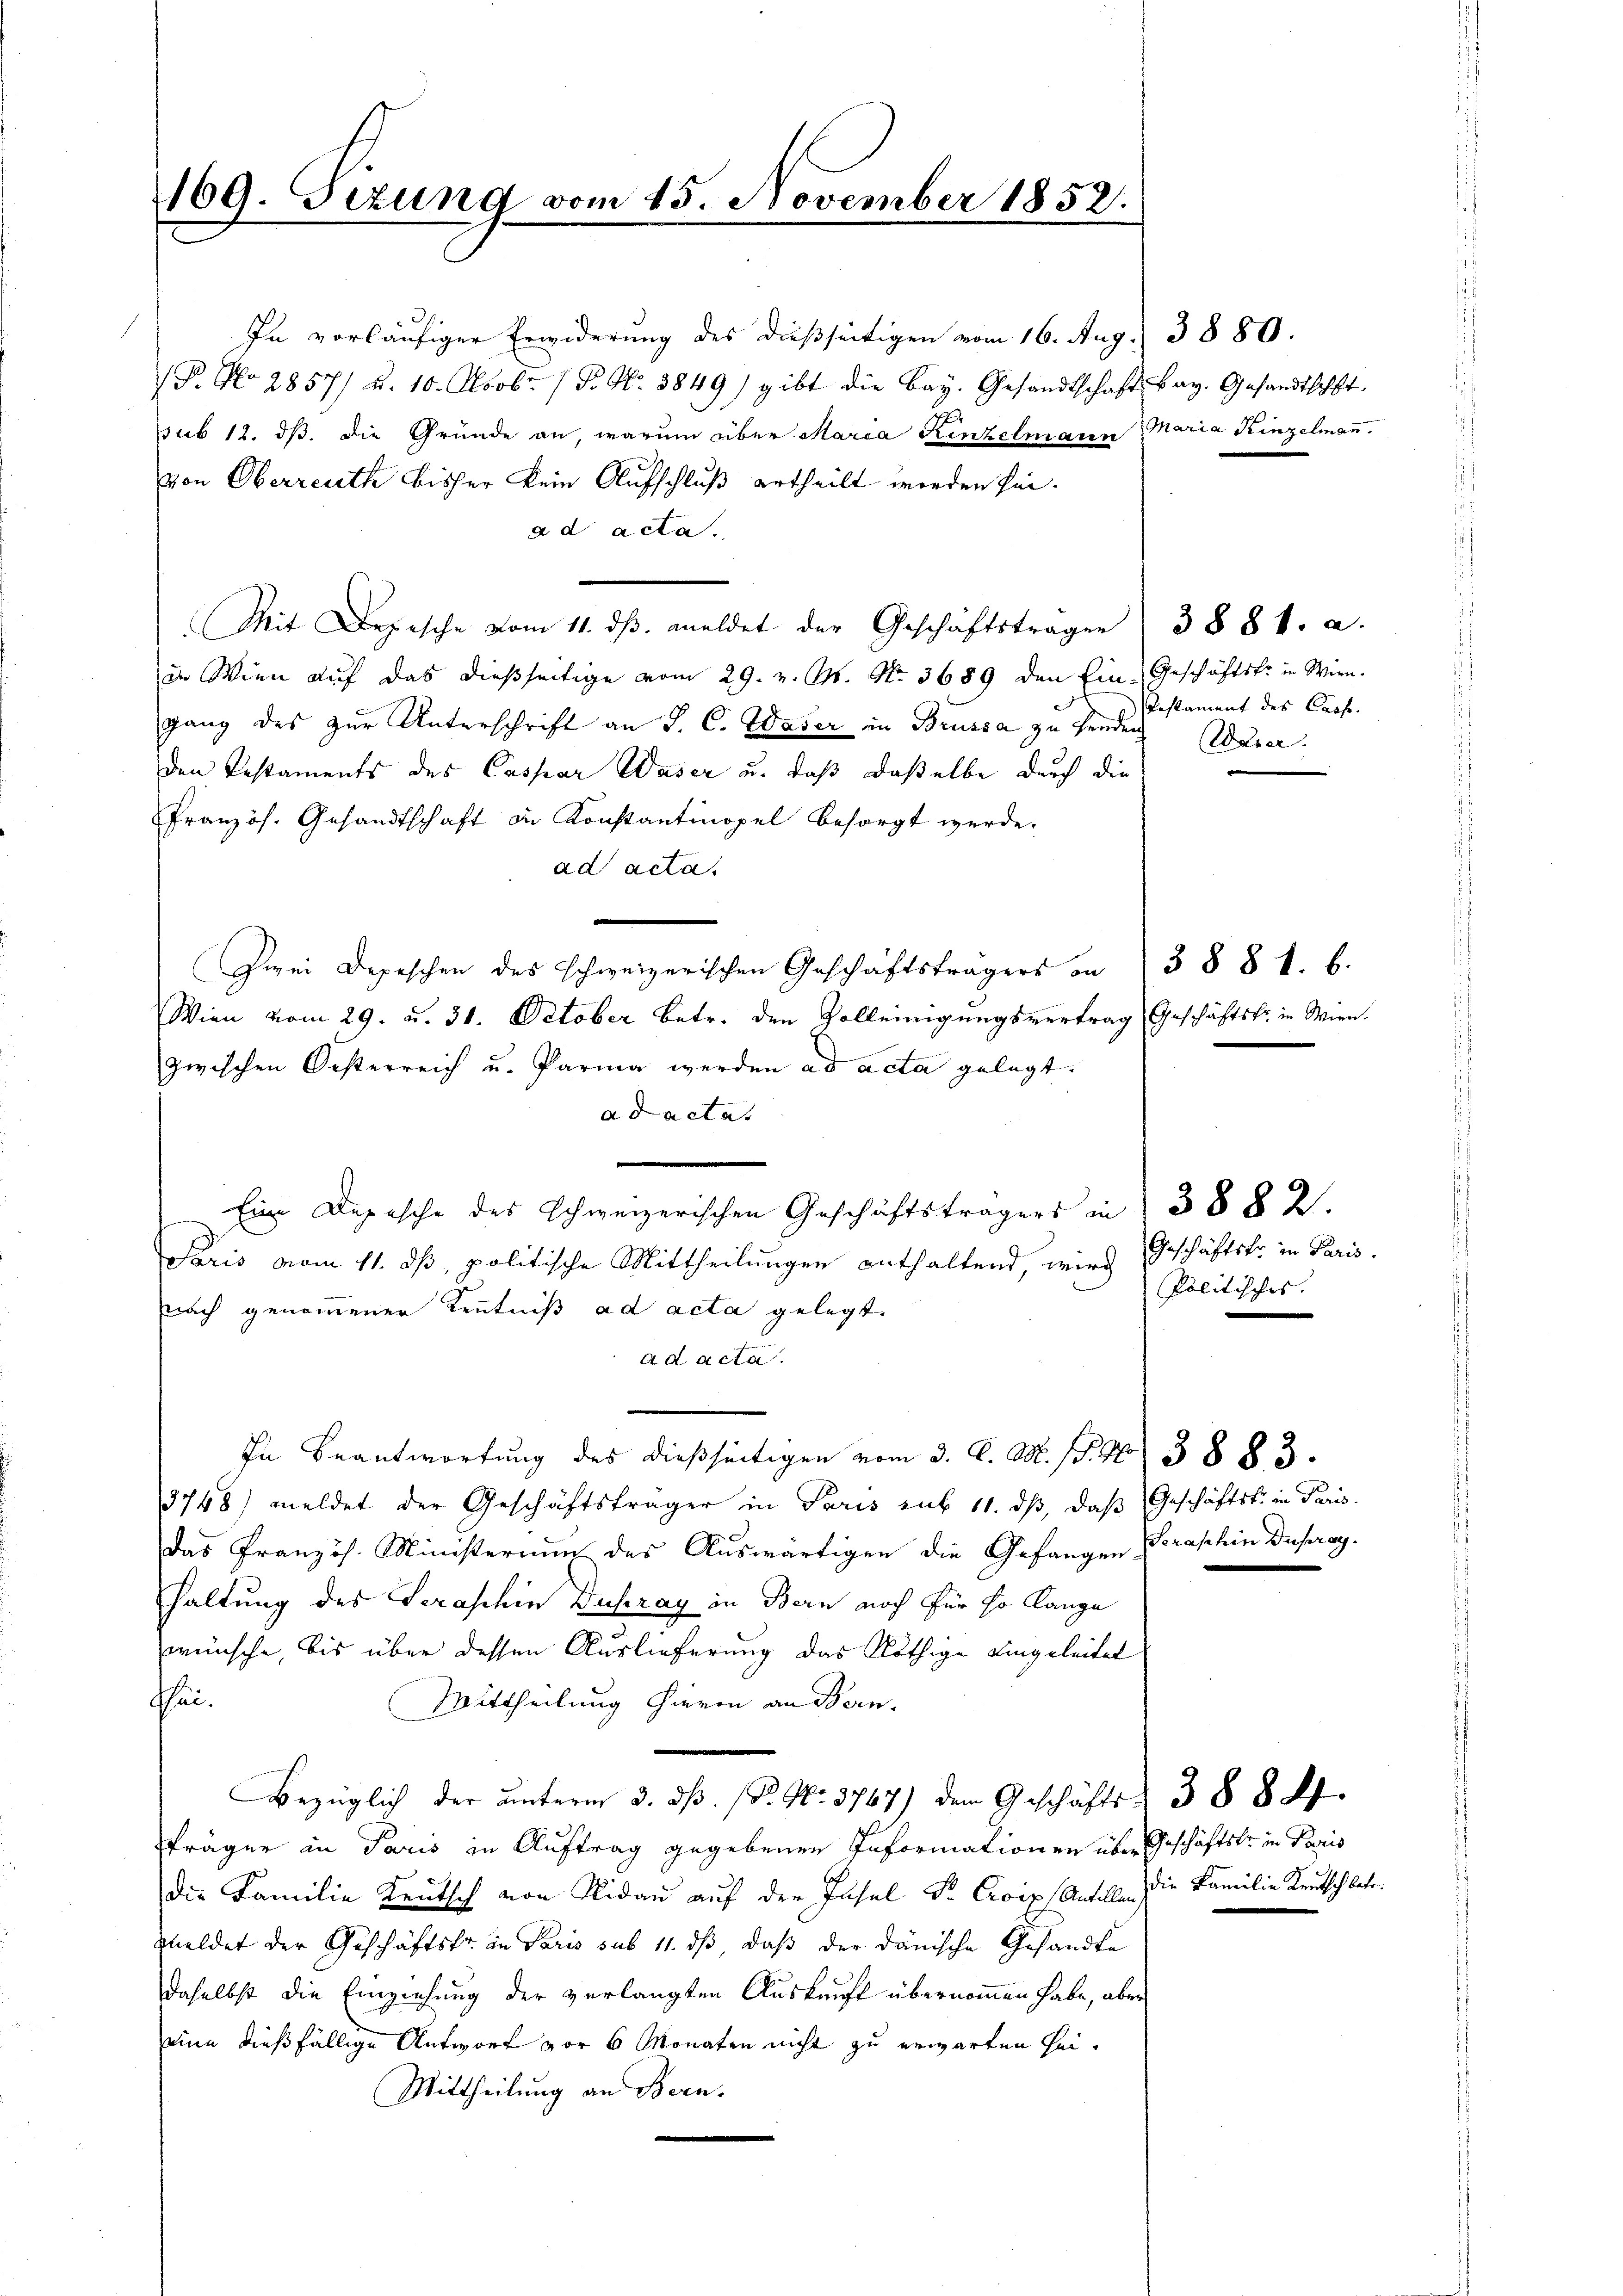
169. Sizung vom 15. November 1858.

In vorläufiger Erwiderung des dießseitigen vom 16. Aug.
(P. No. 2857) u. 10. Oktobr. / P. Nr. 3849) gibt die Bay. Gesandtschaft
sub 12. ds. die Gründe an, warum über Maria Kenzelmann
von Oberreuth bisher kein Aufschluß ertheilt worden sei.
ad acta.
Mit Depesche vom 11. ds. meldet der Geschäftsträger
ie Wien auf das dießseitige vom 29. v. M. No. 3689 den Ein-Geschäftsfr. in Wien.
gang des zur Unterschrift an J. C. Waser in Brüssa zu Handen Waser
den Pestaments des Caspar Waser u. daß daselbe durch die
Französ. Gesandtschaft in Konstantinopel besorgt werde.
ad acta.
Zwei Depeschen des schweizerischen Geschäftsträgers an
Wien vom 29. u. 31. October betr. den Volleinigungsvertrag
zwischen Oesterreich u. Parma werden ad acta gelegt.
ad acta
Eine Depesche des Schweizerischen Geschäftsträgers in 388 2.
Paris vom 11. ds, politische Mittheilungen enthaltend, wird
nach genommener Kenntniß ad acta gelegt.
ad acta.
In Beantwortung des dießseitigen vom 3. C. M. (S. 485. 3883.
3748) meldet der Geschäftsfrager in Paris et 11. dβ, daβ Geschäftst in Paris
Das Französ. Ministerium des Auswärtigen die Gefangen Traphin Dupray.
haltung des Seraschin Duszay in Bern noch für so lange
wünsche, bis über dessen Auslieferung das Nöthige eingeleitet
thei¬
Mittheilung hievon an Bern.
Bezüglich der unterm 3. dß. (P. Nr. 3767) dem Geschäfts 388 f.
fräger in Paris in Auftrag gegebenen Informationen über Geschäftskr. in Paris
die Familie Leutsch von Nidau auf der Insel S. Croix Antillen die Familie Leutsch betr.
Meldet der Geschäftsfr. in Paris sub 11. dß daß der dänische Gesandte
daselbst die Einziehung der verlangten Auskunft übernommen habe, abe
eine dießfällige Antwort vor 6 Monaten nicht zu erwarten sei.
Mittheilung an Bern.

Bay. Gesandtschlt.
Maria Hinzelmann.

Pestament des Casse.

388 1. 6.
Geschäftsfr. in Wien.
.

Geschäftsfr. in Paris.
Politisches.

3880.

3881. a.